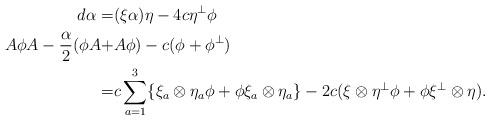
LaTeX: \begin{align*} d\alpha=&(\xi\alpha)\eta-4c\eta^\perp\phi\\A\phi A- \frac\alpha 2(\phi A+&A\phi)-c(\phi+\phi^\perp) \\=&c\sum^3_{a=1}\{\xi_a\otimes\eta_a\phi+\phi\xi_a\otimes\eta_a\} -2c(\xi\otimes\eta^\perp\phi+\phi\xi^\perp\otimes\eta). \end{align*}